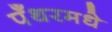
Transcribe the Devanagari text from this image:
पँथरमधे